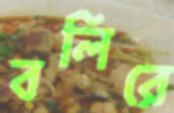
বলিরে